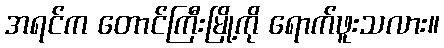
အရင်က တောင်ကြီးမြို့ကို ရောက်ဖူးသလား။